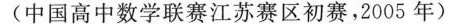
(中国高中数学联赛江苏赛区初赛，2005年)